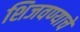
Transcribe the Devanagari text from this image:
शिजवण्याचे